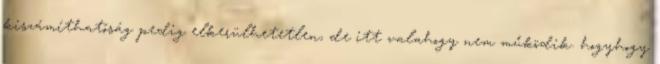
kiszámíthatóság pedig elkerülhetetlen, de itt valahogy nem működik. hogyhogy